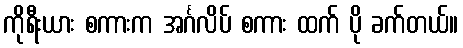
ကိုရီးယား စကားက အင်္ဂလိပ် စကား ထက် ပို ခက်တယ်။